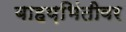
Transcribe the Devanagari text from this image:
बाहय़भिंतीवर